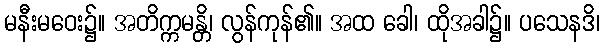
မနီးမဝေး၌။ အတိက္ကမန္တိ၊ လွန်ကုန်၏။ အထ ခေါ၊ ထိုအခါ၌။ ပသေနဒိ၊